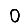
Digit: 0